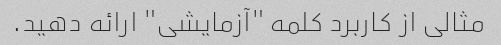
مثالی از کاربرد کلمه "آزمایشی" ارائه دهید.